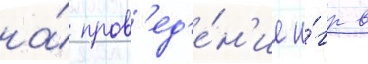
на́ пров'ед'е́н'ие и́гр в